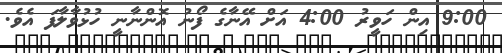
9:00 އިން ހަވީރު 4:00 އަށް އޭނާގެ ފޯނު އޮންނާނީ ހުޅުވާލާފަ އެވެ.